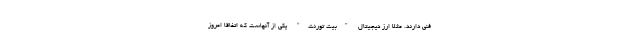
فنی دارند. مثلا ارز دیجیتال "بیت تورنت" یکی از آنهاست که اتفاقا امروز